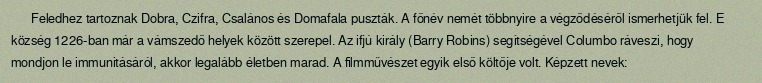
Feledhez tartoznak Dobra, Czifra, Csalános és Domafala puszták. A főnév nemét többnyire a végződéséről ismerhetjük fel. E község 1226-ban már a vámszedő helyek között szerepel. Az ifjú király (Barry Robins) segítségével Columbo ráveszi, hogy mondjon le immunitásáról, akkor legalább életben marad. A filmművészet egyik első költője volt. Képzett nevek: